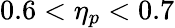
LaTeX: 0.6<\eta_{p}<0.7